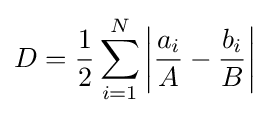
D={\frac {1}{2}}\sum _{i=1}^{N}\left|{\frac {a_{i}}{A}}-{\frac {b_{i}}{B}}\right|